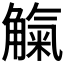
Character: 𧤟